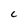
Character: C